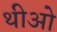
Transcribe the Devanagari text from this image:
थीओ